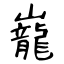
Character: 巃